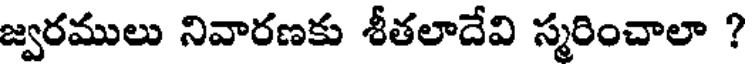
జ్వరములు నివారణకు శీతలాదేవి స్మరించాలా ?